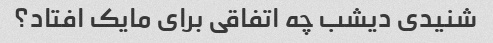
شنیدی دیشب چه اتفاقی برای مایک افتاد؟